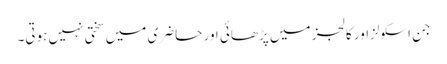
جن اسکولزاور کالجز میں پڑھائی اور حاضری میں سختی نہیں ہوتی۔